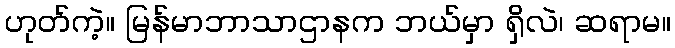
ဟုတ်ကဲ့။ မြန်မာဘာသာဌာနက ဘယ်မှာ ရှိလဲ၊ ဆရာမ။